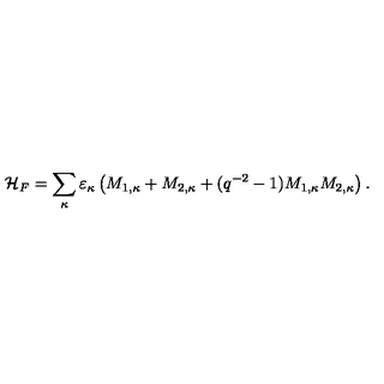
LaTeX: { \cal H } _ { F } = \sum _ { \kappa } \varepsilon _ { \kappa } \left( M _ { 1 , \kappa } + M _ { 2 , \kappa } + ( q ^ { - 2 } - 1 ) M _ { 1 , \kappa } M _ { 2 , \kappa } \right) .